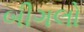
બીગલો